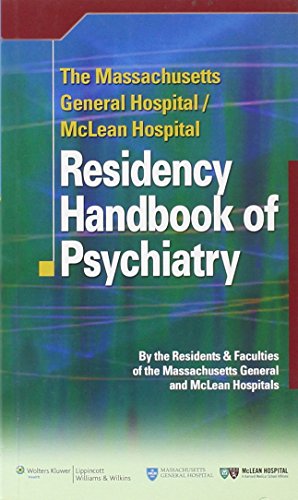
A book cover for The Massachusetts General Hospital/McLean Hospital Residency Handbook of Psychiatry; Massachusetts General Hospital and McLean Hospital Residents and Faculties; Medical Books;